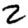
Digit: 2